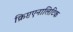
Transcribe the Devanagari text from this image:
क्रिप्टएनालिटिक